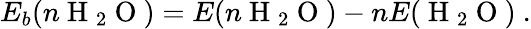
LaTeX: E_{b}(n\mathrm{~H~}_{2}\mathrm{~O~})=E(n\mathrm{~H~}_{2}\mathrm{~O~})-nE(\mathrm{~H~}_{2}\mathrm{~O~})~.